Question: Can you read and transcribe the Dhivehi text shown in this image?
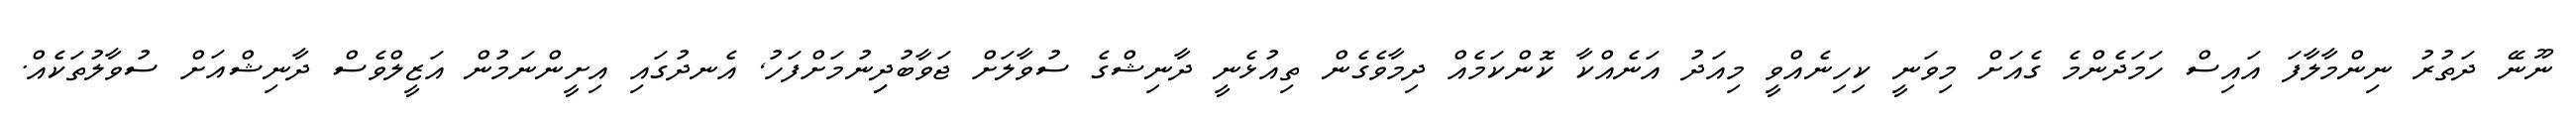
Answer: ނޫނޭ ދަތުރު ނިންމާލާފަ އައިސް ހަމަދެންމެ ގެއަށް މިވަނީ ކިހިނެއްވީ މިއަދު އަނެއްކާ ކޮންކަމެއް ދިމާވެގެން ތިއުޅެނީ ދާނިޝްގެ ސުވާލަށް ޖަވާބުދިިނުމަށްފަހު, އެނދުގައި އިށީންނަމުން އަޒީލްވެސް ދާނިޝްއަށް ސުވާލުތަކެއް.